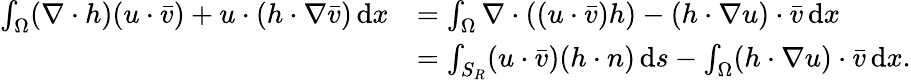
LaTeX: \begin{array}{rl}{\int_{\Omega}(\nabla\cdot h)(u\cdot\bar{v})+u\cdot(h\cdot\nabla\bar{v})\, \mathrm{d}x}&{=\int_{\Omega}\nabla\cdot((u\cdot\bar{v})h)-(h\cdot\nabla u)\cdot\bar{v}\, \mathrm{d}x}\\ &{=\int_{S_{R}}(u\cdot\bar{v})(h\cdot n)\, \mathrm{d}s-\int_{\Omega}(h\cdot\nabla u)\cdot\bar{v}\, \mathrm{d}x.}\end{array}